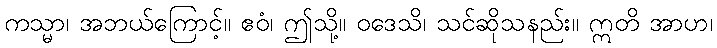
ကသ္မာ၊ အဘယ်ကြောင့်။ ဧဝံ၊ ဤသို့။ ဝဒေသိ၊ သင်ဆိုသနည်း။ ဣတိ အာဟ၊